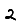
Digit: 2